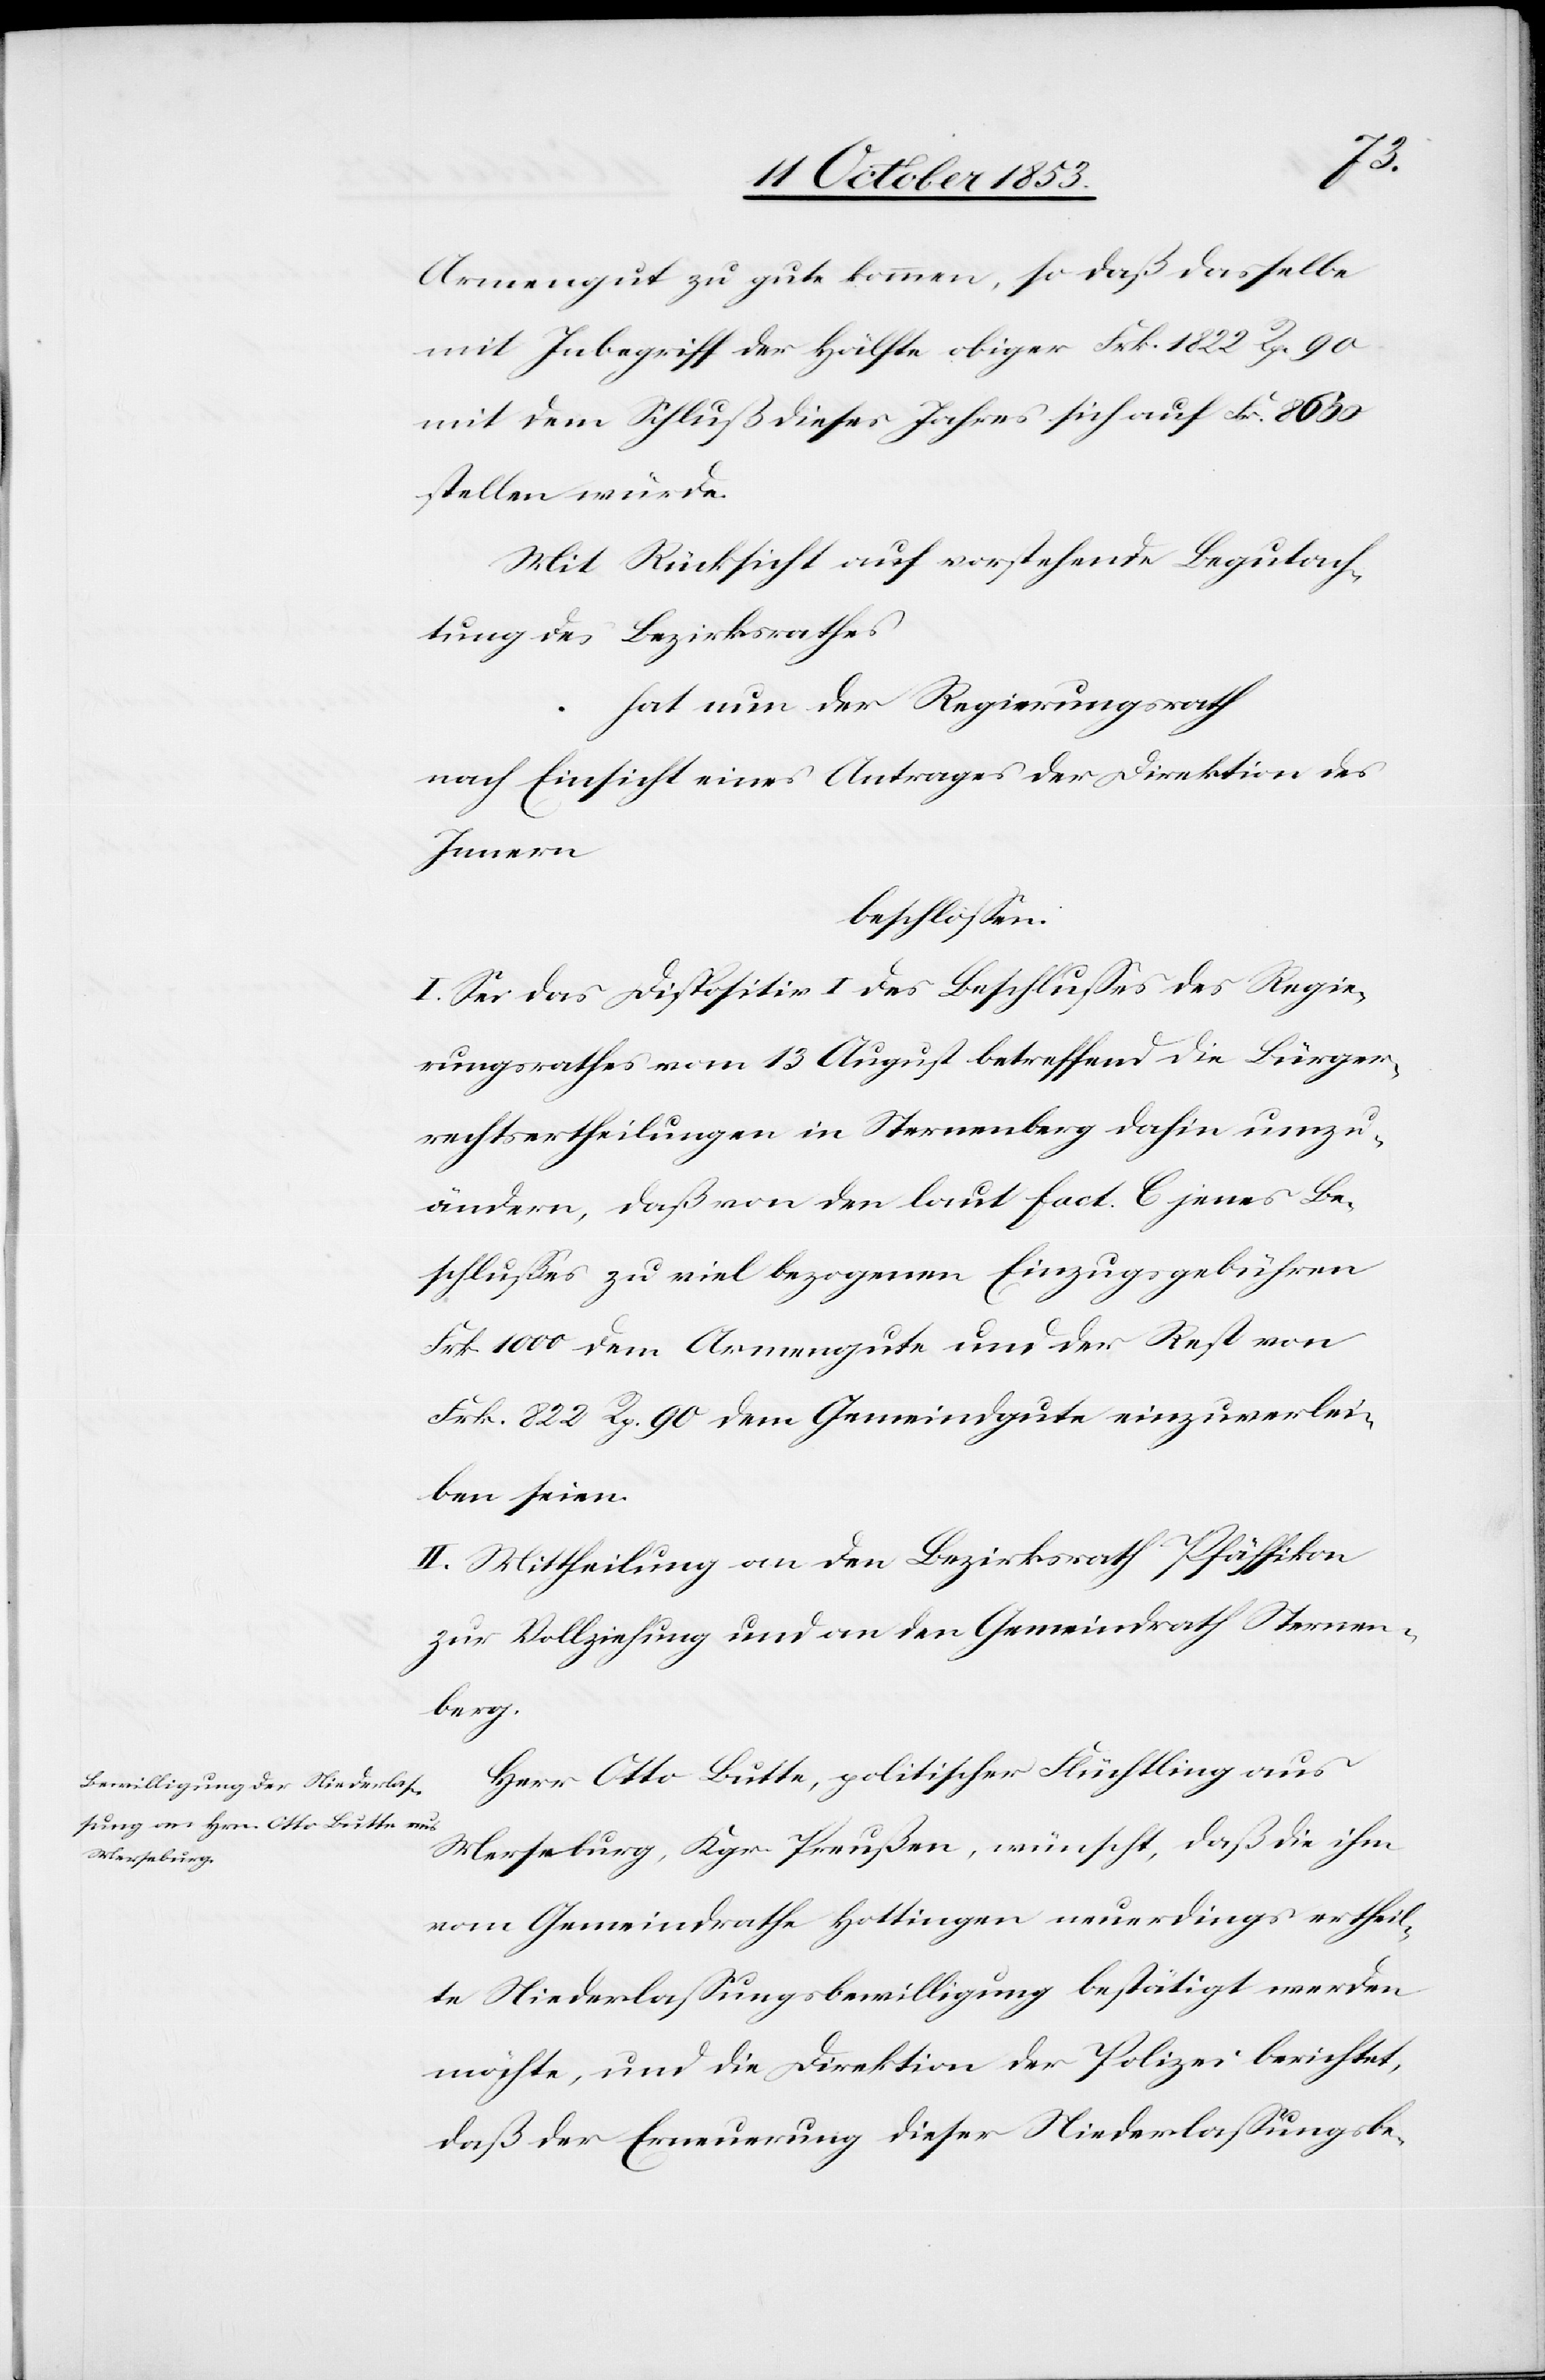
Armengut zu gute kommen, so daß dasselbe
mit Inbegriff der Hälfte obiger Frk. 1822 Rp. 90
mit dem Schluß dieses Jahres sich auf Fr. 8630
stellen würde.
Mit Rücksicht auf vorstehende Begutach¬
tung des Bezirksrathes,
hat nun der Regierungsrath
nach Einsicht eines Antrages der Direktion des
Innern,
beschloßen:
I. Sei das Dispositiv I des Beschlußes des Regie¬
rungsrathes vom 13 August betreffend die Bürger¬
rechtsertheilungen in Sternenberg dahin umzu¬
ändern, daß von den laut fact. C jenes Be¬
schlußes zu viel bezogenen Einzugsgebühren
Frk. 1000 dem Armengute und der Rest von
Frk. 822 Rp. 90 dem Gemeindgute einzuverlei¬
ben seien.
II. Mittheilung an den Bezirksrath Pfäffikon
zur Vollziehung und an den Gemeindrath Sternen¬
berg.
Herr Otto Butte, politischer Flüchtling aus
Merseburg, Kgr. Preußen, wünscht, daß die ihm
vom Gemeindrathe Hottingen neuerdings ertheil¬
te Niederlaßungsbewilligung bestätigt werden
möchte, und die Direktion der Polizei berichtet,
daß der Erneuerung dieser Niederlaßungbe-